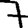
Digit: 7